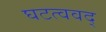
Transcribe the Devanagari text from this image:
घटत्ववद्